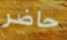
حاضر